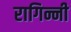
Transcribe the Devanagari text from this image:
रागिन्नी